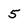
Character: 5